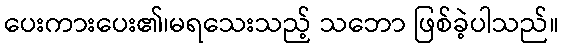
ပေးကားပေး၏၊မရသေးသည့် သဘော ဖြစ်ခဲ့ပါသည်။